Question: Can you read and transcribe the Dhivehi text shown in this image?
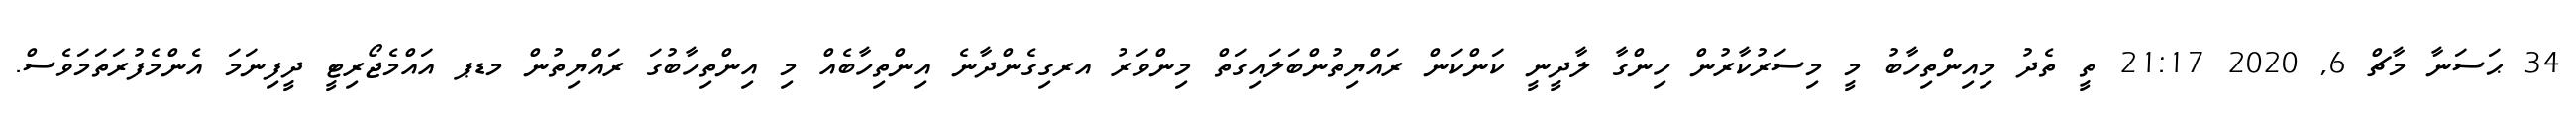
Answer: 34 ޙަސަނާ މާޗް 6, 2020 21:17 ތީ ތެދު މިއިންތިހާބު މީ މިސަރުކާރުން ހިންގާ ލާދީނީ ކަންކަން ރައްޔިތުންބަލައިގަތް މިންވަރު އރގިގެންދާނެ އިންތިހާބެއް މި އިންތިހާބުގަ ރައްޔިތުން މޑޕ އައްމެޖޯރިޓީ ދީފިނަމަ އެންމެފުރަތަމަވެސް.